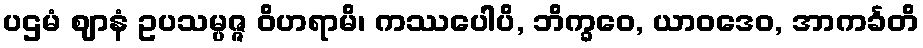
ပဌမံ ဈာနံ ဥပသမ္ပဇ္ဇ ဝိဟရာမိ၊ ကဿပေါပိ, ဘိက္ခဝေ, ယာဝဒေဝ, အာကင်္ခတိ